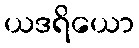
ယဒရိယော